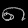
Digit: ၈